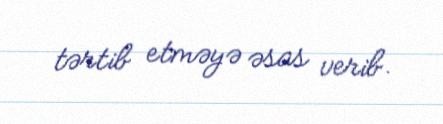
tərtib etməyə əsas verib.